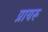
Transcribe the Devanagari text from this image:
प्रायरू